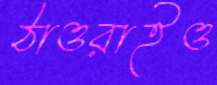
ঠাওরাইও